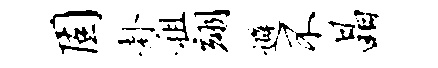
固卦租翊避不晶